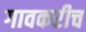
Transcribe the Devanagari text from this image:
गावकरीच